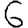
Digit: 6